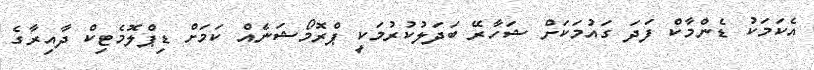
އެކަމަކު ޑެންމާކް ފަދަ ގައުމަކަށް ޝަހާރޭ ބަދަލުކުރުމަކީ ޕްރޮމޯޝަނެއް ކަމަށް ޑިޕްލޮމެޓިކް ދާއިރާގެ